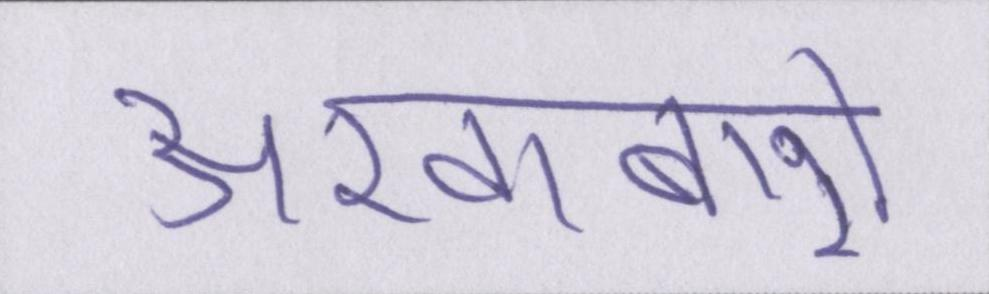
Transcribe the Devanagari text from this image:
अखाबारो